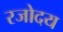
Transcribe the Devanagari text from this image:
रजोदय